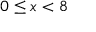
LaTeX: \ 0 \leq x < 8